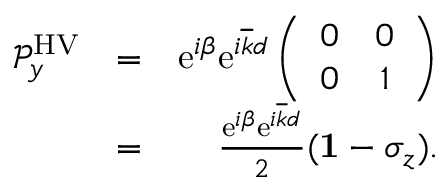
\begin{array} { r l r } { { \mathcal P } _ { y } ^ { \mathrm { H V } } } & { = } & { \mathrm { e } ^ { i \beta } \mathrm { e } ^ { i \overline { { k } } d } \left( \begin{array} { c c } { 0 } & { 0 } \\ { 0 } & { 1 } \end{array} \right) } \\ & { = } & { \frac { \mathrm { e } ^ { i \beta } \mathrm { e } ^ { i \overline { { k } } d } } { 2 } ( { \bf 1 } - \sigma _ { z } ) . } \end{array}